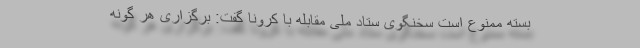
بسته ممنوع است سخنگوی ستاد ملی مقابله با کرونا گفت: برگزاری هر گونه